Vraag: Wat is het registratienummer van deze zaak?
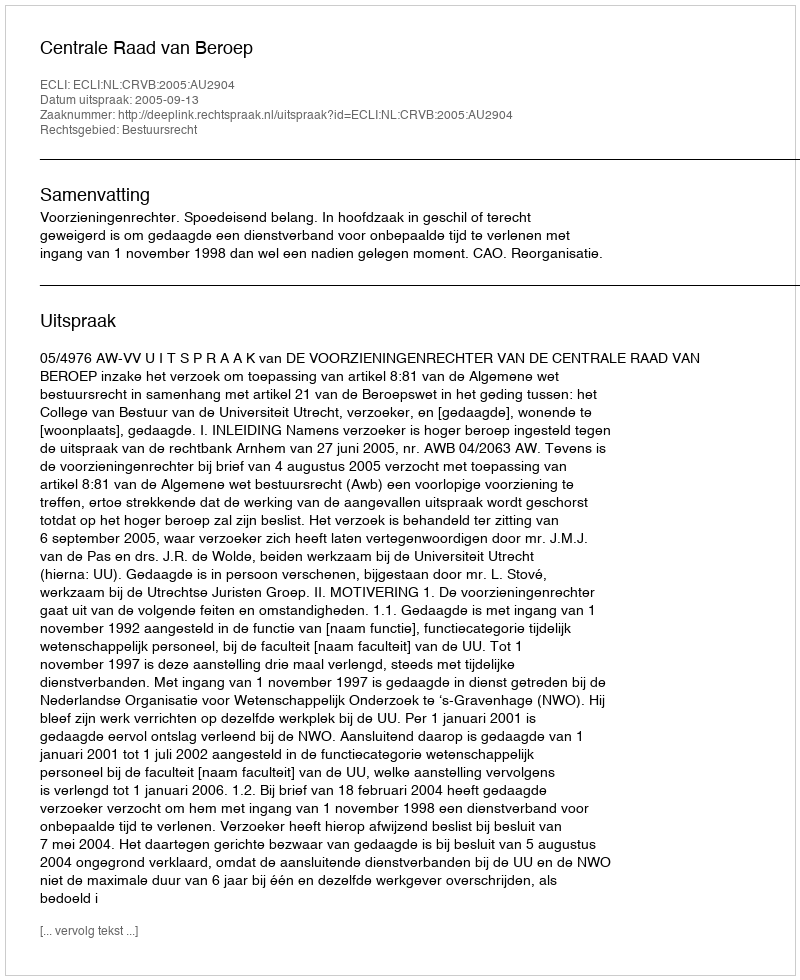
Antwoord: http://deeplink.rechtspraak.nl/uitspraak?id=ECLI:NL:CRVB:2005:AU2904